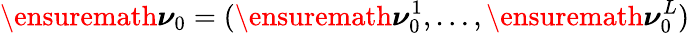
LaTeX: \ensuremath{\boldsymbol\nu}_{0}=(\ensuremath{\boldsymbol\nu}_{0}^{1},\ldots,\ensuremath{\boldsymbol\nu}_{0}^{L})